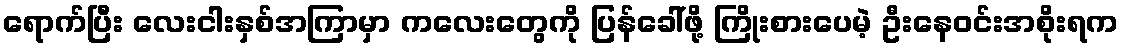
ရောက်ပြီး လေးငါးနှစ်အကြာမှာ ကလေးတွေကို ပြန်ခေါ်ဖို့ ကြိုးစားပေမဲ့ ဦးနေဝင်းအစိုးရက